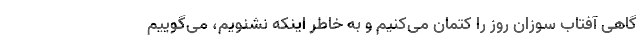
گاهی آفتاب سوزان روز را کتمان می‌کنیم و به خاطر اینکه نشنویم، می‌گوییم